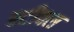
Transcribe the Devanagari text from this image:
स्टीक्स